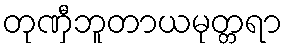
တုဏှီဘူတာယမုတ္တရာ